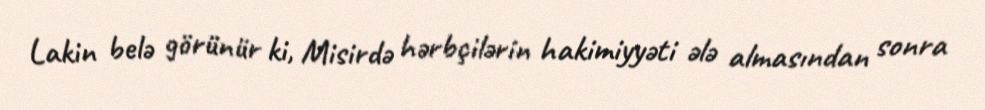
Lakin belə görünür ki, Misirdə hərbçilərin hakimiyyəti ələ almasından sonra